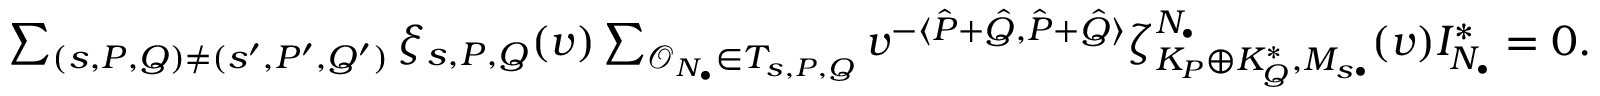
\begin{array} { r } { \sum _ { ( s , P , Q ) \not = ( s ^ { \prime } , P ^ { \prime } , Q ^ { \prime } ) } \xi _ { s , P , Q } ( v ) \sum _ { { \mathcal O } _ { N _ { \bullet } } \in T _ { s , P , Q } } v ^ { - \langle \hat { P } + \hat { Q } , \hat { P } + \hat { Q } \rangle } \zeta _ { K _ { P } \oplus K _ { Q } ^ { * } , M _ { s \bullet } } ^ { N _ { \bullet } } ( v ) I _ { N _ { \bullet } } ^ { * } = 0 . } \end{array}